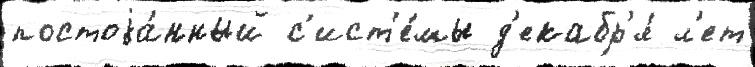
постоjа́нный с'ист'е́мы д'екабр'я́ л'ет